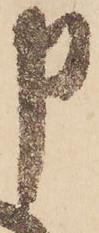
申